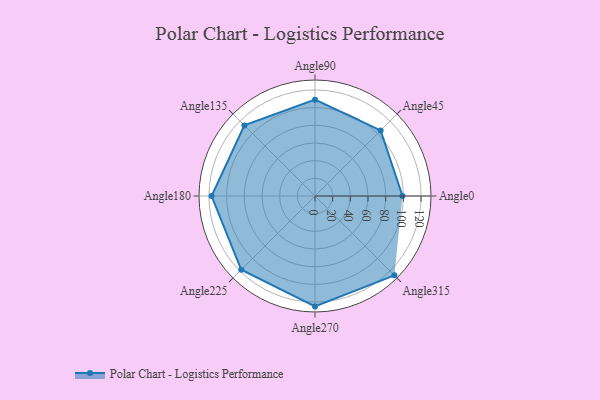
{"axis": {"x": "Angle", "y": "Radius"}, "legend": [""], "data": [{"x": "Angle0", "y": 99.0, "type": ""}, {"x": "Angle45", "y": 105.0, "type": ""}, {"x": "Angle90", "y": 109.0, "type": ""}, {"x": "Angle135", "y": 113.0, "type": ""}, {"x": "Angle180", "y": 117.0, "type": ""}, {"x": "Angle225", "y": 118.0, "type": ""}, {"x": "Angle270", "y": 125.0, "type": ""}, {"x": "Angle315", "y": 127.0, "type": ""}]}